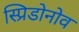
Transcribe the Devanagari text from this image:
स्प्रिडोनोव